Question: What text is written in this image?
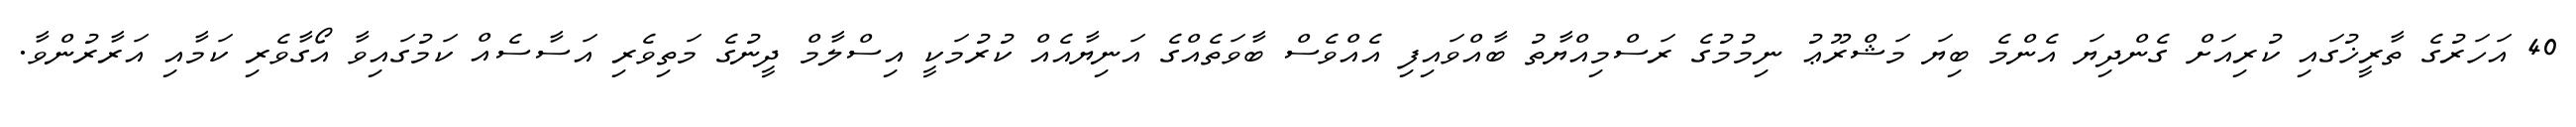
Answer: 40 އަހަރުގެ ތާރީޚުގައި ކުރިއަށް ގެންދިޔަ އެންމެ ބިޔަ މަޝްރޫޢު ނިމުމުގެ ރަސްމިއްޔާތު ބާއްވައިފި އެއްވެސް ބާވަތެއްގެ އަނިޔާއެއް ކުރުމަކީ އިސްލާމް ދީނުގެ މަތިވެރި އަސާސެއް ކަމުގައިވާ އޯގާވެރި ކަމާއި އަރާރުންވާ.